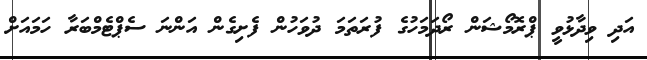
އަދި ވިދާޅުވީ ޕްރޮމޯޝަން ރޯދަމަހުގެ ފުރަތަމަ ދުވަހުން ފެށިގެން އަންނަ ސެޕްޓެމްބަރާ ހަމައަށް